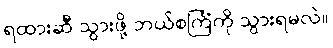
ရထားဆီ သွားဖို့ ဘယ်စင်္ကြံကို သွားရမလဲ။